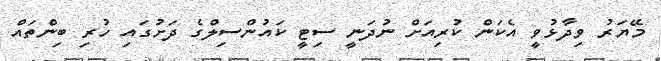
މޭޔަރު ވިދާޅުވީ އެކަން ކުރިއަށް ނުދަނީ ސިޓީ ކައުންސިލްގެ ދަށުގައި ހުރި ބިންތައް